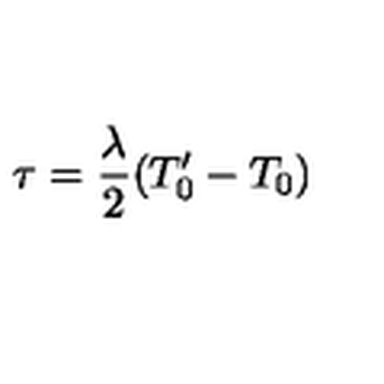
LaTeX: \tau = \frac { \lambda } { 2 } ( T _ { 0 } ^ { \prime } - T _ { 0 } )